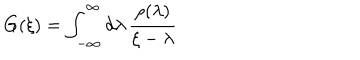
G ( \xi ) = \int _ { - \infty } ^ { \infty } d \lambda \, \frac { \rho ( \lambda ) } { \xi - \lambda }